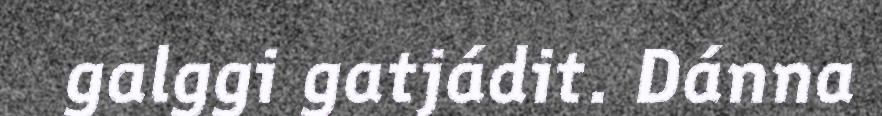
galggi gatjádit. Dánna